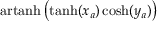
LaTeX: \operatorname { a r t a n h } \left( \operatorname { t a n h } ( x _ { a } ) \cosh ( y _ { a } ) \right)